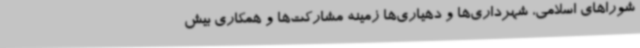
شوراهای اسلامی، شهرداری‌ها و دهیاری‌ها زمینه مشارکت‌ها و همکاری بیش